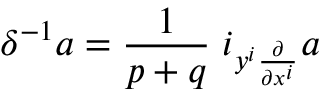
\delta ^ { - 1 } a = \frac { 1 } { p + q } \; i _ { y ^ { i } \frac { \partial } { \partial x ^ { i } } } a